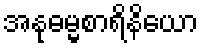
အနုဓမ္မစာရိနိယော